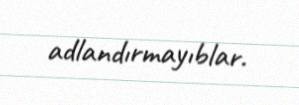
adlandırmayıblar.